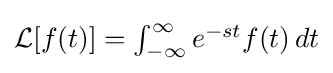
{\textstyle {\mathcal {L}}[f(t)]=\int _{-\infty }^{\infty }e^{-st}f(t)\,dt}